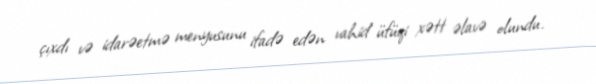
çıxdı və idarəetmə menyusunu ifadə edən vahid üfüqi xətt əlavə olundu.